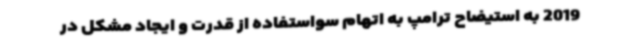
2019 به استیضاح ترامپ به اتهام سواستفاده از قدرت و ایجاد مشکل در